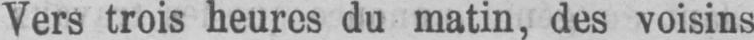
Vers trois heures du matin, des voisins